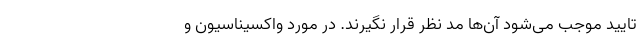
تایید موجب می‌شود آن‌ها مد نظر قرار نگیرند. در مورد واکسیناسیون و